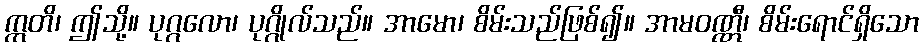
ဣတိ၊ ဤသို့။ ပုဂ္ဂလော၊ ပုဂ္ဂိုလ်သည်။ အာမော၊ စိမ်းသည်ဖြစ်၍။ အာမဝဏ္ဏီ၊ စိမ်းရောင်ရှိသော